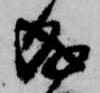
成